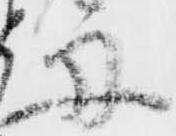
舟